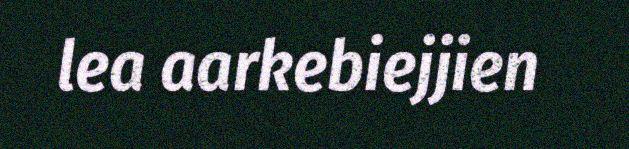
lea aarkebiejjien